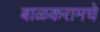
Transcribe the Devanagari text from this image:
बाळकरामचे